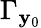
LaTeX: \Gamma_{\mathbf{y}_{0}}